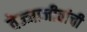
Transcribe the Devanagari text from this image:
वेज्जाजीवांची